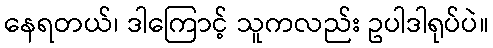
နေရတယ်၊ ဒါကြောင့် သူကလည်း ဥပါဒါရုပ်ပဲ။